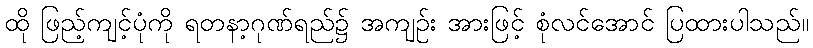
ထို ဖြည့်ကျင့်ပုံကို ရတနာ့ဂုဏ်ရည်၌ အကျဉ်း အားဖြင့် စုံလင်အောင် ပြထားပါသည်။